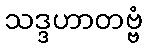
သဒ္ဒဟာတဗ္ဗံ